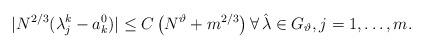
LaTeX: \begin{align*}|N^{2/3}(\lambda_{j}^k-a_k^0)|\leq C\left(N^\vartheta + m^{2/3}\right)\forall\,\hat\lambda \in G_\vartheta,j=1,\ldots,m.\end{align*}